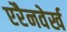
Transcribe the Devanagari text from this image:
एरैनवेर्ख